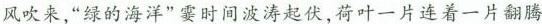
风吹来，”绿的海洋”霎时间波涛起伏，荷叶一片连着一片翻腾